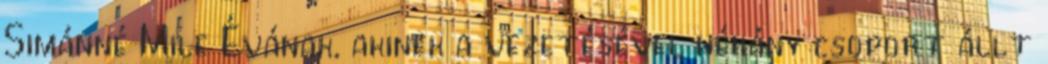
Simánné Mile Évának, akinek a vezetésével néhány csoport állt